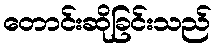
တောင်းဆိုခြင်းသည်